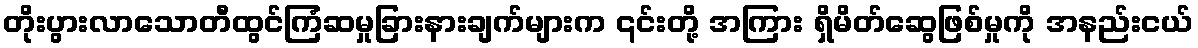
တိုးပွားလာသောတီထွင်ကြံဆမှုခြားနားချက်များက ၎င်းတို့ အကြား ရှိမိတ်ဆွေဖြစ်မှုကို အနည်းငယ်